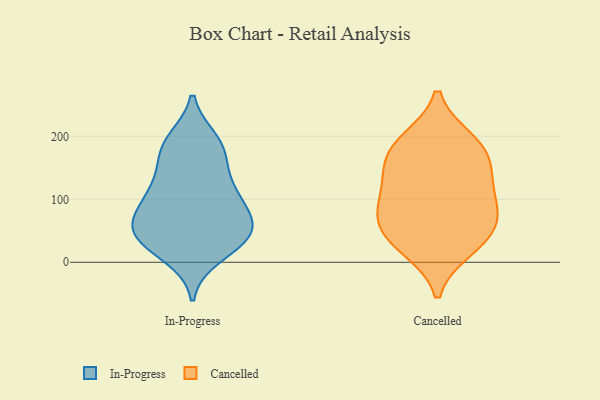
{"axis": {"x": "Demand Index", "y": "Value"}, "legend": ["Cancelled", "In-Progress"], "data": [{"x": "", "y": 128, "type": "In-Progress"}, {"x": "", "y": 110, "type": "In-Progress"}, {"x": "", "y": 32, "type": "In-Progress"}, {"x": "", "y": 102, "type": "In-Progress"}, {"x": "", "y": 63, "type": "In-Progress"}, {"x": "", "y": 113, "type": "In-Progress"}, {"x": "", "y": 188, "type": "In-Progress"}, {"x": "", "y": 48, "type": "In-Progress"}, {"x": "", "y": 178, "type": "In-Progress"}, {"x": "", "y": 47, "type": "In-Progress"}, {"x": "", "y": 70, "type": "In-Progress"}, {"x": "", "y": 193, "type": "In-Progress"}, {"x": "", "y": 30, "type": "In-Progress"}, {"x": "", "y": 73, "type": "In-Progress"}, {"x": "", "y": 11, "type": "In-Progress"}, {"x": "", "y": 168, "type": "In-Progress"}, {"x": "", "y": 44, "type": "In-Progress"}, {"x": "", "y": 88, "type": "Cancelled"}, {"x": "", "y": 160, "type": "Cancelled"}, {"x": "", "y": 21, "type": "Cancelled"}, {"x": "", "y": 194, "type": "Cancelled"}, {"x": "", "y": 26, "type": "Cancelled"}, {"x": "", "y": 193, "type": "Cancelled"}, {"x": "", "y": 121, "type": "Cancelled"}, {"x": "", "y": 72, "type": "Cancelled"}, {"x": "", "y": 141, "type": "Cancelled"}, {"x": "", "y": 99, "type": "Cancelled"}, {"x": "", "y": 170, "type": "Cancelled"}, {"x": "", "y": 54, "type": "Cancelled"}, {"x": "", "y": 55, "type": "Cancelled"}]}